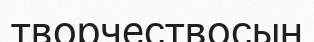
творчествосын